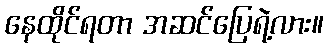
နေထိုင်ရတာ အဆင်ပြေရဲ့လား။